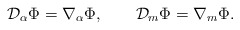
\begin{align*}{\cal D}_\alpha\Phi=\nabla_\alpha\Phi, \qquad{\cal D}_m\Phi=\nabla_m\Phi.\end{align*}